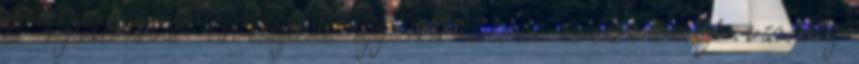
és reflektorával rávilágított egy hősi katonai emlékműre. A városhoz